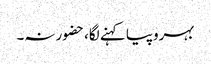
بہروپیا کہنے لگا، حضور نہ۔